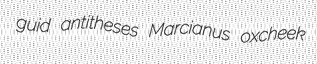
guid antitheses Marcianus oxcheek